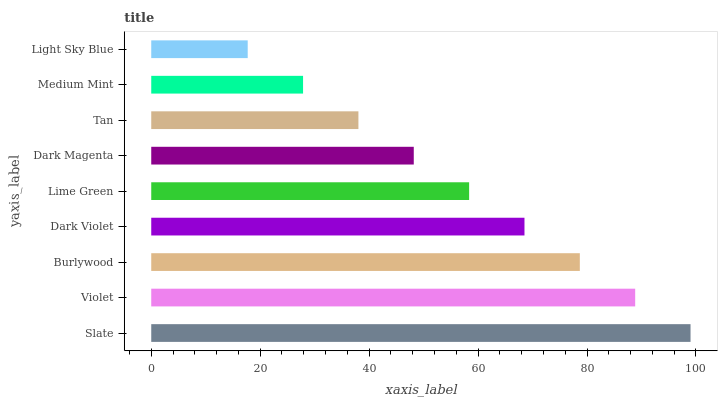
| yaxis_label | bars |
 | --- | --- |
 | Slate | 99 |
 | Violet | 88.8 |
 | Burlywood | 78.7 |
 | Dark Violet | 68.5 |
 | Lime Green | 58.4 |
 | Dark Magenta | 48.2 |
 | Tan | 38 |
 | Medium Mint | 27.9 |
 | Light Sky Blue | 17.7 |